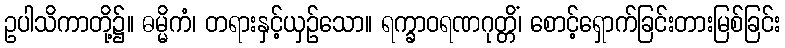
ဥပါသိကာတို့၌။ ဓမ္မိကံ၊ တရားနှင့်ယှဉ်သော။ ရက္ခာဝရဏဂုတ္တိံ၊ စောင့်ရှောက်ခြင်းတားမြစ်ခြင်း